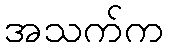
အသက်က